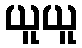
ယူယူ